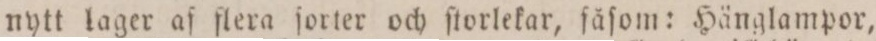
nytt lager af flera ſorter och ſtorlekar, fåſom: Hänglampor,